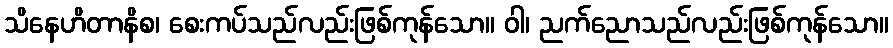
သိနေဟိတာနိစ၊ စေးကပ်သည်လည်းဖြစ်ကုန်သော။ ဝါ၊ ညက်ညောသည်လည်းဖြစ်ကုန်သော။